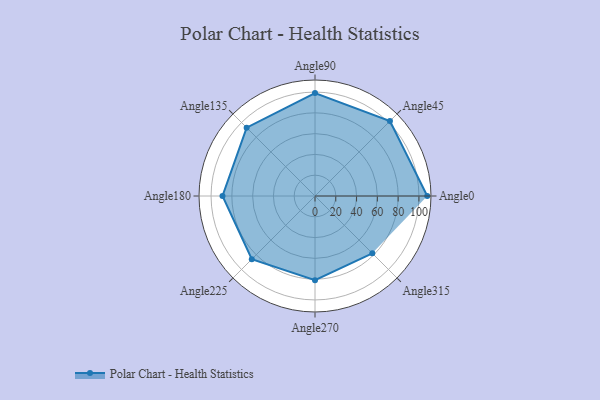
{"axis": {"x": "Angle", "y": "Radius"}, "legend": [""], "data": [{"x": "Angle0", "y": 108.0, "type": ""}, {"x": "Angle45", "y": 102.0, "type": ""}, {"x": "Angle90", "y": 99.0, "type": ""}, {"x": "Angle135", "y": 93.0, "type": ""}, {"x": "Angle180", "y": 89.0, "type": ""}, {"x": "Angle225", "y": 86.0, "type": ""}, {"x": "Angle270", "y": 81.0, "type": ""}, {"x": "Angle315", "y": 78.0, "type": ""}]}